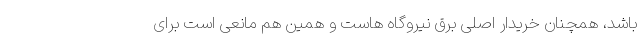
باشد، همچنان خریدار اصلی برق نیروگاه هاست و همین هم مانعی است برای